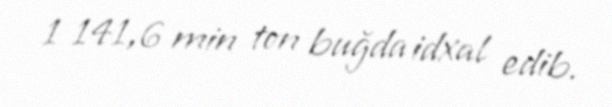
1 141,6 min ton buğda idxal edib.